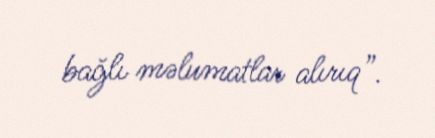
bağlı məlumatlar alırıq”.